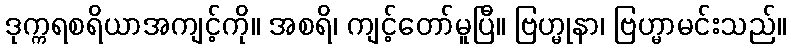
ဒုက္ကရစရိယာအကျင့်ကို။ အစရိ၊ ကျင့်တော်မူပြီ။ ဗြဟ္မုနာ၊ ဗြဟ္မာမင်းသည်။